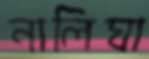
নালিঘা